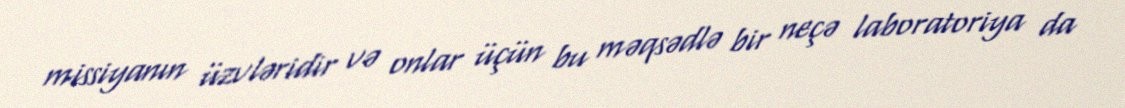
missiyanın üzvləridir və onlar üçün bu məqsədlə bir neçə laboratoriya da